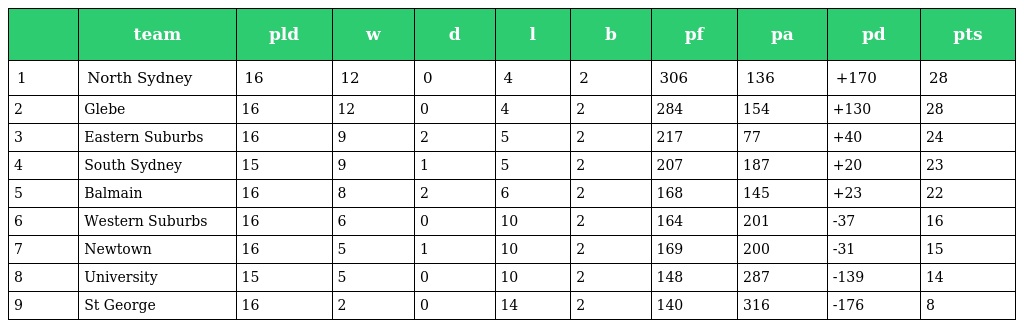
|  | team | pld | w | d | l | b | pf | pa | pd | pts |
 | --- | --- | --- | --- | --- | --- | --- | --- | --- | --- | --- |
 | 1 | North Sydney | 16 | 12 | 0 | 4 | 2 | 306 | 136 | +170 | 28 |
 | 2 | Glebe | 16 | 12 | 0 | 4 | 2 | 284 | 154 | +130 | 28 |
 | 3 | Eastern Suburbs | 16 | 9 | 2 | 5 | 2 | 217 | 77 | +40 | 24 |
 | 4 | South Sydney | 15 | 9 | 1 | 5 | 2 | 207 | 187 | +20 | 23 |
 | 5 | Balmain | 16 | 8 | 2 | 6 | 2 | 168 | 145 | +23 | 22 |
 | 6 | Western Suburbs | 16 | 6 | 0 | 10 | 2 | 164 | 201 | -37 | 16 |
 | 7 | Newtown | 16 | 5 | 1 | 10 | 2 | 169 | 200 | -31 | 15 |
 | 8 | University | 15 | 5 | 0 | 10 | 2 | 148 | 287 | -139 | 14 |
 | 9 | St George | 16 | 2 | 0 | 14 | 2 | 140 | 316 | -176 | 8 |